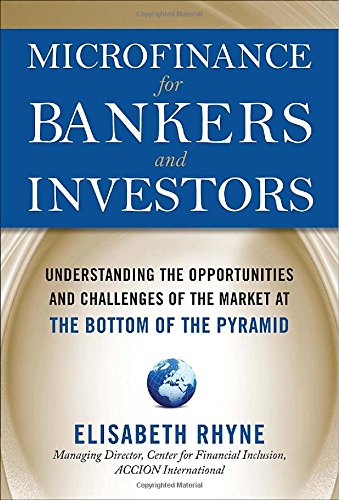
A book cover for Microfinance for Bankers and Investors: Understanding the Opportunities and Challenges of the Market at the Bottom of the Pyramid; Elisabeth Rhyne; Business & Money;